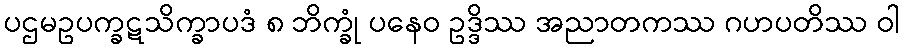
ပဌမဥပက္ခဋသိက္ခာပဒံ ၈ ဘိက္ခုံ ပနေဝ ဥဒ္ဒိဿ အညာတကဿ ဂဟပတိဿ ဝါ